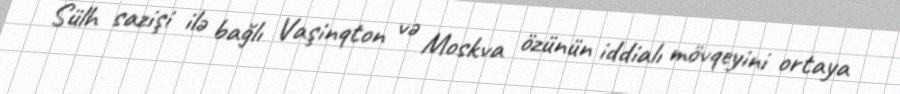
Sülh sazişi ilə bağlı Vaşinqton və Moskva özünün iddialı mövqeyini ortaya